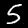
Digit: 5